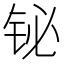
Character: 铋